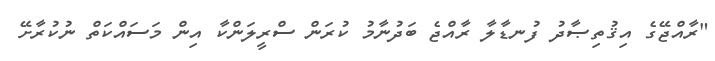
"ރާއްޖޭގެ އިޤުތިޞާދު ފުނޑާލާ ރާއްޖެ ބަދުނާމު ކުރަން ސްރީލަންކާ އިން މަސައްކަތް ނުކުރާށޭ